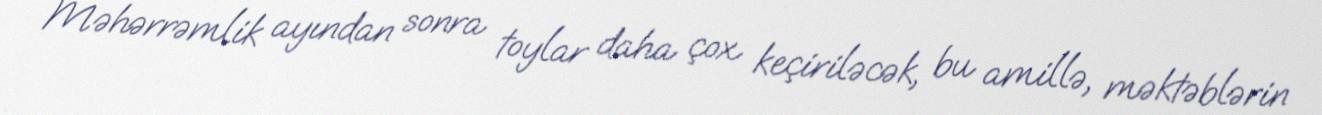
Məhərrəmlik ayından sonra toylar daha çox keçiriləcək, bu amillə, məktəblərin